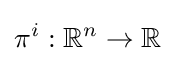
\pi ^{i}:\mathbb {R} ^{n}\to \mathbb {R}